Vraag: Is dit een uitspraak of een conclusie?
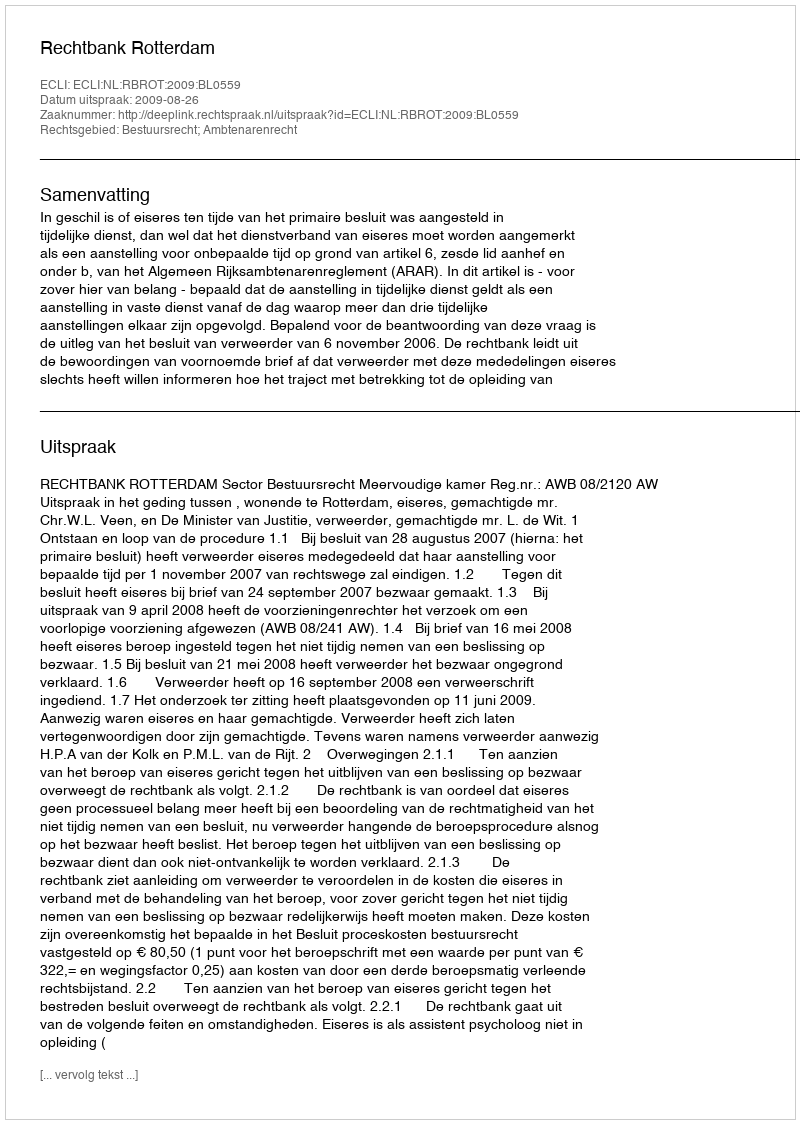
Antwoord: Uitspraak